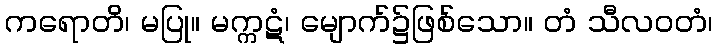
ကရောတိ၊ မပြု။ မက္ကဋံ၊ မျောက်၌ဖြစ်သော။ တံ သီလဝတံ၊